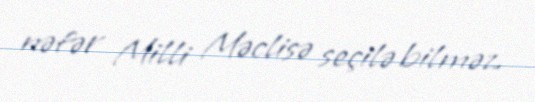
nəfər Milli Məclisə seçilə bilməz.